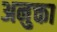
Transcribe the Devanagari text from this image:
अनुक्ता